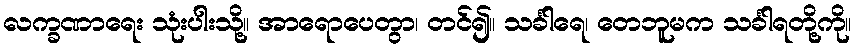
လက္ခဏာရေး သုံးပါးသို့။ အာရောပေတွာ၊ တင်၍။ သင်္ခါရေ၊ တေဘူမက သင်္ခါရတို့ကို။